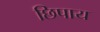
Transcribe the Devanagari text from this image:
छिपाय